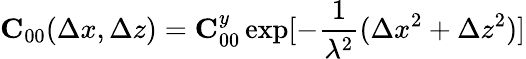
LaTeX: {\mathbf C}_{00}(\Delta x,\Delta z)={\mathbf C}_{00}^{y}\exp[-\frac{1}{\lambda^{2}}(\Delta x^{2}+\Delta z^{2})]